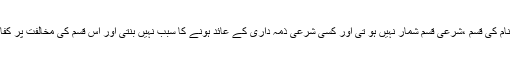
جواب: اللہ تبارک و تعالیٰ کے اسمائے گرامی کے علاوہ کسی دوسرے کے نام کی قسم ،شرعی قسم شمار نہیں ہو تی اور کسی شرعی ذمہ داری کے عائد ہونے کا سبب نہیں بنتی اور اس قسم کی مخالفت پر کفارہ نہیں ہے لیکن کسی صورت میں بھی اگر جھوٹی قسم کھائے تو حرام ہے۔